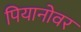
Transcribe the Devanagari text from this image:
पियानोवर